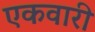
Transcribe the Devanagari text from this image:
एकवारी